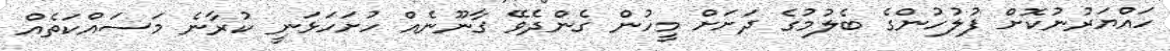
ހައްޔަރުނުކޮށް ފުލުހުންގެ ބެލުމުގެ ދަށަށް މީހުން ގެންދެވޭ ގާނޫނެއް ހުށަހަޅަނީ ކުރާނެ މަސައްކަތެއް